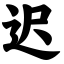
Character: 迟